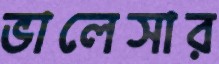
ভালেসার